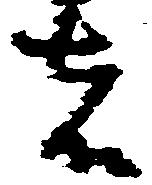
者